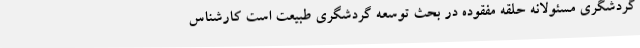
گردشگری مسئولانه حلقه مفقوده در بحث توسعه گردشگری طبیعت است کارشناس